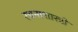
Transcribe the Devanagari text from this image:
रचनाशास्त्री